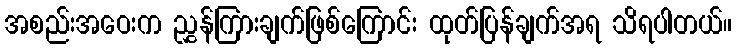
အစည်းအဝေးက ညွှန်ကြားချက်ဖြစ်ကြောင်း ထုတ်ပြန်ချက်အရ သိရပါတယ်။